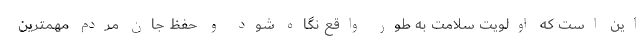
این است که اولویت سلامت به طور واقع نگاه شود و حفظ جان مردم مهمترین